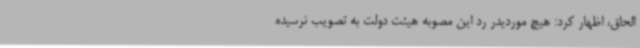
الحاق، اظهار کرد: هیچ موردیدر رد این مصوبه هیئت دولت به تصویب نرسیده